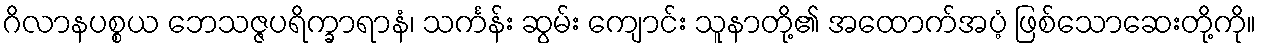
ဂိလာနပစ္စယ ဘေသဇ္ဇပရိက္ခာရာနံ၊ သင်္ကန်း ဆွမ်း ကျောင်း သူနာတို့၏ အထောက်အပံ့ ဖြစ်သောဆေးတို့ကို။